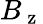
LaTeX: B_{\mathrm{~z~}}